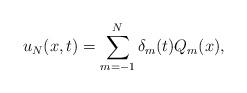
LaTeX: \begin{align*}u_{N}(x, t)= \sum_{m=-1}^{N} \delta_{m}(t) Q_{m}(x),\end{align*}